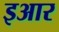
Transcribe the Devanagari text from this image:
इआर